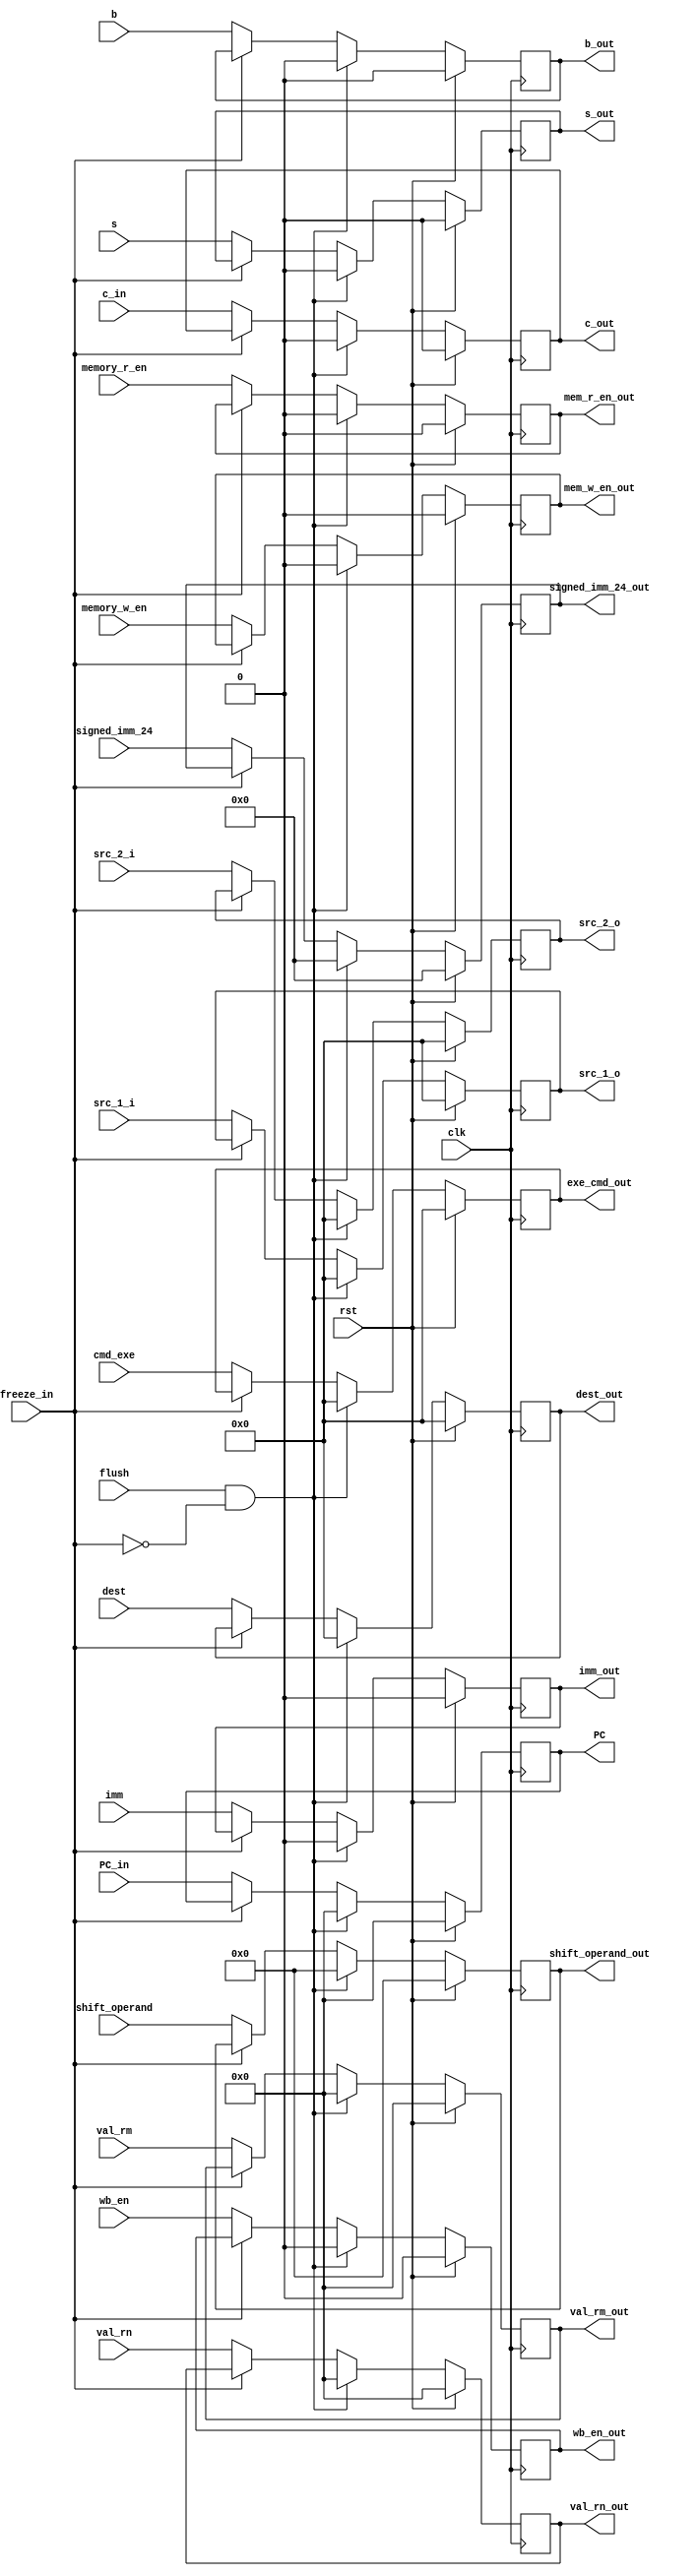
module ID_EXE_reg (
  input clk, rst, flush,
  input wb_en, memory_r_en, memory_w_en,
  input b, s,
  input [3:0] cmd_exe,
  input [31:0] PC_in,
  input [31:0] val_rn, val_rm,
  input imm,
  input [11:0] shift_operand,
  input [23:0] signed_imm_24,
  input [3:0] dest,
  input c_in,
  input[3:0] src_1_i,
  input[3:0] src_2_i,
  input freeze_in,

  output reg[3:0] src_1_o,
  output reg[3:0] src_2_o,
  output reg c_out,
  output reg wb_en_out,
  output reg mem_r_en_out,
  output reg mem_w_en_out,
  output reg b_out,
  output reg s_out,
  output reg [3:0] exe_cmd_out,
  output reg [31:0] PC,
  output reg [31:0] val_rn_out,
  output reg [31:0] val_rm_out,
  output reg imm_out,
  output reg [11:0] shift_operand_out,
  output reg [23:0] signed_imm_24_out,
  output reg [3:0] dest_out
);
always @(posedge clk) begin
  if(rst) begin
    exe_cmd_out <= 0;
    b_out <= 0;
    s_out <= 0;
    PC <= 0;
    val_rn_out <= 0;
    val_rm_out <= 0;
    shift_operand_out <= 0;
    imm_out <= 0;
    signed_imm_24_out <= 0;
    dest_out <= 0;
    c_out <= 0;
    src_1_o <= 0;
    src_2_o <= 0;
    wb_en_out<=0;
    mem_r_en_out <= 0;
    mem_w_en_out <= 0;
  end
  else if(flush & ~freeze_in) begin
    exe_cmd_out <= 0;
    b_out <= 0;
    s_out <= 0;
    PC <= 0;
    val_rn_out <= 0;
    val_rm_out <= 0;
    shift_operand_out <= 0;
    imm_out <= 0;
    signed_imm_24_out <= 0;
    dest_out <= 0;
    c_out <= 0;
    src_1_o <= 0;
    src_2_o <= 0;
    wb_en_out<=0;
    mem_r_en_out <= 0;
    mem_w_en_out <= 0;
  end
  else if(~freeze_in) begin
    src_2_o <= src_2_i;
    src_1_o <= src_1_i;
    wb_en_out<= wb_en;
    mem_r_en_out <= memory_r_en;
    mem_w_en_out <= memory_w_en;
    exe_cmd_out <= cmd_exe;
    b_out <= b;
    s_out <= s;
    PC <= PC_in;
    val_rn_out <= val_rn;
    val_rm_out <= val_rm;
    shift_operand_out <= shift_operand;
    imm_out <= imm;
    signed_imm_24_out <= signed_imm_24;
    dest_out <= dest;
    c_out <= c_in;
  end
end
endmodule